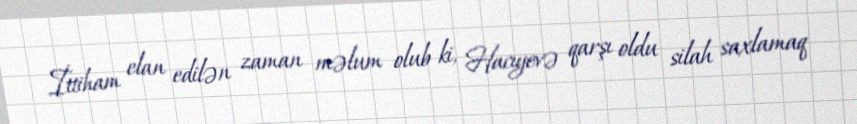
İttiham elan edilən zaman məlum olub ki, Hacıyevə qarşı oldu silah saxlamaq